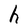
Character: h